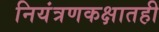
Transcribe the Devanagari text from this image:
नियंत्रणकक्षातही